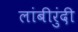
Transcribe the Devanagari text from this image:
लांबीरुंदी